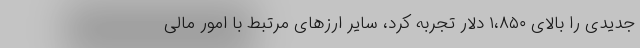
جدیدی را بالای ۱،۸۵۰ دلار تجربه کرد، سایر ارز‌های مرتبط با امور مالی